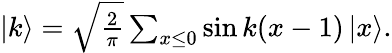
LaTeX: \begin{array}{r}{|k\rangle=\sqrt{\frac{2}{\pi}}\sum_{x\leq 0}\sin{k(x-1)}\, |x\rangle.}\end{array}